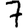
Digit: 7